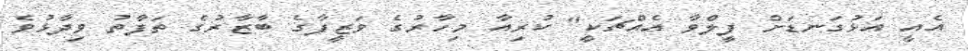
އެއީ އަޅުގަނޑަށް ފީލްވާ އެއްޗަކީ" ކުރިއާ މިހާރުގެ ވަޒީފާގެ ބާޒާރުގެ ތަފާތު ވިދާޅުވެ